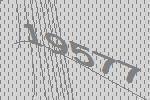
19577